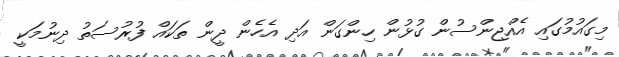
މިގައުމުގައި އެއްޖިންސުން ގުޅުން ހިންގަން އަދި އެހެން ދީން ތަކައް ފުރުސަތު ދިނުމަކީ